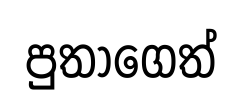
පුතාගෙත්